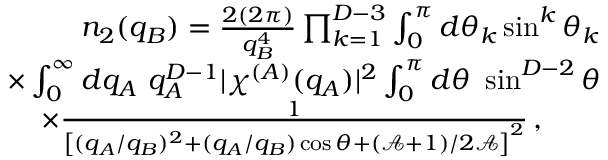
\begin{array} { r l r } & { } & { n _ { 2 } ( q _ { B } ) = \frac { 2 ( 2 \pi ) } { q _ { B } ^ { 4 } } \prod _ { k = 1 } ^ { D - 3 } \int _ { 0 } ^ { \pi } d \theta _ { k } \sin ^ { k } \theta _ { k } } \\ & { } & { \times \int _ { 0 } ^ { \infty } d q _ { A } \ q _ { A } ^ { D - 1 } | \chi ^ { ( A ) } ( q _ { A } ) | ^ { 2 } \int _ { 0 } ^ { \pi } d \theta \ \sin ^ { D - 2 } \theta } \\ & { } & { \times \frac { 1 } { \left[ ( q _ { A } / q _ { B } ) ^ { 2 } + ( q _ { A } / q _ { B } ) \cos \theta + ( \mathcal { A } + 1 ) / 2 \mathcal { A } \right] ^ { 2 } } \, , \ \ \ \ \ \ } \end{array}